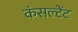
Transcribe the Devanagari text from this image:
कंसल्‍टेंट